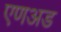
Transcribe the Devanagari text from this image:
एणअड